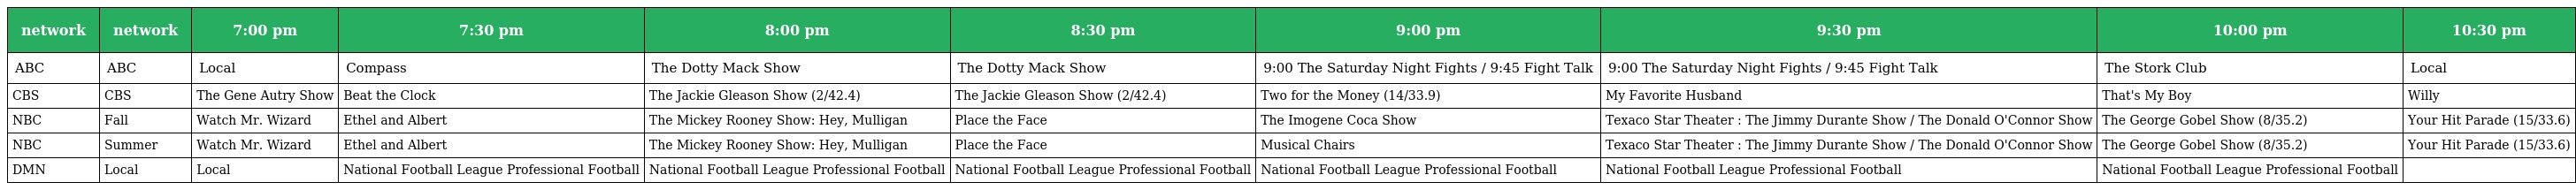
| network | network | 7:00 pm | 7:30 pm | 8:00 pm | 8:30 pm | 9:00 pm | 9:30 pm | 10:00 pm | 10:30 pm |
 | --- | --- | --- | --- | --- | --- | --- | --- | --- | --- |
 | ABC | ABC | Local | Compass | The Dotty Mack Show | The Dotty Mack Show | 9:00 The Saturday Night Fights / 9:45 Fight Talk | 9:00 The Saturday Night Fights / 9:45 Fight Talk | The Stork Club | Local |
 | CBS | CBS | The Gene Autry Show | Beat the Clock | The Jackie Gleason Show (2/42.4) | The Jackie Gleason Show (2/42.4) | Two for the Money (14/33.9) | My Favorite Husband | That's My Boy | Willy |
 | NBC | Fall | Watch Mr. Wizard | Ethel and Albert | The Mickey Rooney Show: Hey, Mulligan | Place the Face | The Imogene Coca Show | Texaco Star Theater : The Jimmy Durante Show / The Donald O'Connor Show | The George Gobel Show (8/35.2) | Your Hit Parade (15/33.6) |
 | NBC | Summer | Watch Mr. Wizard | Ethel and Albert | The Mickey Rooney Show: Hey, Mulligan | Place the Face | Musical Chairs | Texaco Star Theater : The Jimmy Durante Show / The Donald O'Connor Show | The George Gobel Show (8/35.2) | Your Hit Parade (15/33.6) |
 | DMN | Local | Local | National Football League Professional Football | National Football League Professional Football | National Football League Professional Football | National Football League Professional Football | National Football League Professional Football | National Football League Professional Football |  |